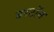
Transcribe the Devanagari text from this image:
बरटॉन